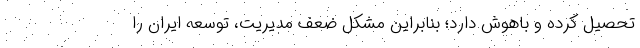
تحصیل کرده و باهوش دارد؛ بنابراین مشکل ضعف مدیریت، توسعه ایران را